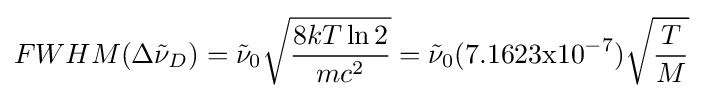
FWHM(\Delta {\tilde {\nu }}_{D})={\tilde {\nu }}_{0}{\sqrt {\frac {8kT\ln 2}{mc^{2}}}}={\tilde {\nu }}_{0}(7.1623{\mbox{x}}10^{-7}){\sqrt {\frac {T}{M}}}